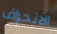
الانحراف